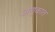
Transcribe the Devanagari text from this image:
अणुकात